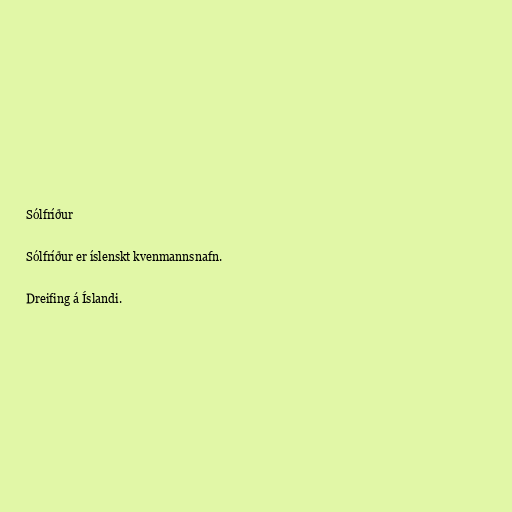
Sólfríður

Sólfríður er íslenskt kvenmannsnafn.

Dreifing á Íslandi.